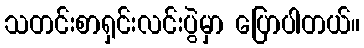
သတင်းစာရှင်းလင်းပွဲမှာ ပြောပါတယ်။